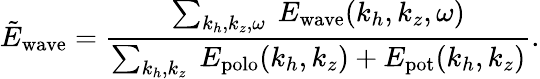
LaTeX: \tilde{E}_{\mathrm{wave}}=\frac{\sum_{k_{h},k_{z},\omega}~E_{\mathrm{wave}}(k_{h},k_{z},\omega)}{\sum_{k_{h},k_{z}}~E_{\mathrm{polo}}(k_{h},k_{z})+E_{\mathrm{pot}}(k_{h},k_{z})}.